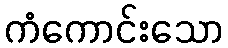
ကံကောင်းသော